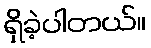
ရှိခဲ့ပါတယ်။